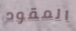
المقود